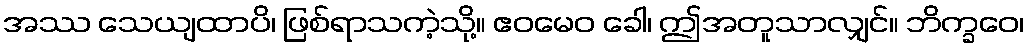
အဿ သေယျထာပိ၊ ဖြစ်ရာသကဲ့သို့။ ဧဝမေဝ ခေါ၊ ဤအတူသာလျှင်။ ဘိက္ခဝေ၊